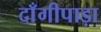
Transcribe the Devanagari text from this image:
दाँगीपाड़ा